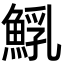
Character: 𩸐